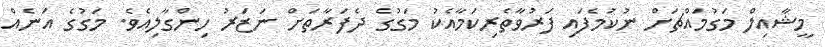
މީޝާއިލް މަގުމައްޗަށް ނުކުމެފައި ފަރުވާތެރިކަމާއެކު މަގުގެ ދެފަރާތަށް ނަޒަރު ހިންގާލިއެވެ. މަގުގެ އަނެއް